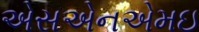
એસએનએમઇ